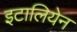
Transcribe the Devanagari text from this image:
इटालियेन